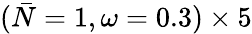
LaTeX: (\bar{N}=1,\omega=0.3)\times 5